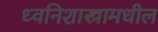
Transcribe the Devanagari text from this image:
ध्वनिशास्त्रामधील